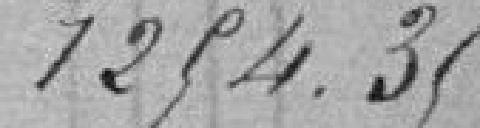
1254.35